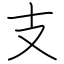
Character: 支